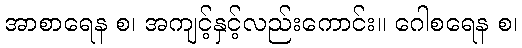
အာစာရေန စ၊ အကျင့်နှင့်လည်းကောင်း။ ဂေါစရေန စ၊